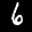
Label: 6